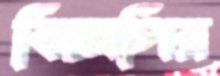
বিজেপির